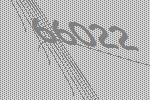
66022